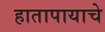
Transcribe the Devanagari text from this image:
हातापायाचे